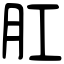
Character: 肛